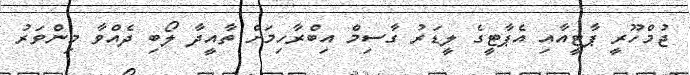
ޖުމްހޫރީ ޕާޓީއާއި އެޕާޓީގެ ލީޑަރު ގާސިމް އިބްރާހިމަށް ތާއީދާ ލޯބި ދެއްވާ މިންވަރު